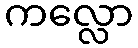
ကလ္လော